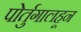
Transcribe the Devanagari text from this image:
पोर्तुगालहून